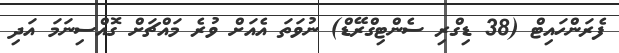
ފެރަންހައިޓް (38 ޑިގްރި ސެންޓިގްރޭޑް) ނުވަތަ އެއަށް ވުރެ މައްޗަށް ގޮއްސިނަމަ އަދި